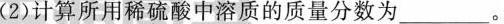
(2)计算所用稀硫酸中溶质的质量分数为___。